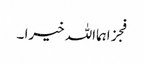
فجزاہمااللہ خیرا ۔